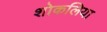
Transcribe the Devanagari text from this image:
शोकलिया